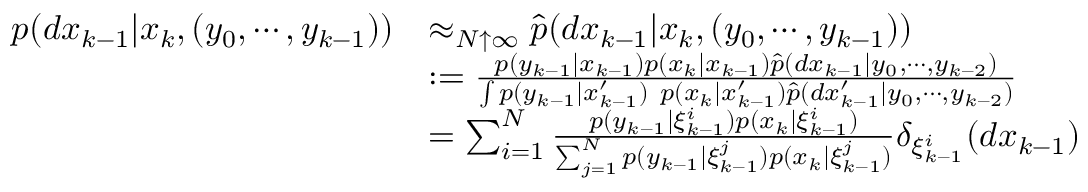
{ \begin{array} { r l } { p ( d x _ { k - 1 } | x _ { k } , ( y _ { 0 } , \cdots , y _ { k - 1 } ) ) } & { \approx _ { N \uparrow \infty } { \widehat { p } } ( d x _ { k - 1 } | x _ { k } , ( y _ { 0 } , \cdots , y _ { k - 1 } ) ) } \\ & { : = { \frac { p ( y _ { k - 1 } | x _ { k - 1 } ) p ( x _ { k } | x _ { k - 1 } ) { \widehat { p } } ( d x _ { k - 1 } | y _ { 0 } , \cdots , y _ { k - 2 } ) } { \int p ( y _ { k - 1 } | x _ { k - 1 } ^ { \prime } ) ~ p ( x _ { k } | x _ { k - 1 } ^ { \prime } ) { \widehat { p } } ( d x _ { k - 1 } ^ { \prime } | y _ { 0 } , \cdots , y _ { k - 2 } ) } } } \\ & { = \sum _ { i = 1 } ^ { N } { \frac { p ( y _ { k - 1 } | \xi _ { k - 1 } ^ { i } ) p ( x _ { k } | \xi _ { k - 1 } ^ { i } ) } { \sum _ { j = 1 } ^ { N } p ( y _ { k - 1 } | \xi _ { k - 1 } ^ { j } ) p ( x _ { k } | \xi _ { k - 1 } ^ { j } ) } } \delta _ { \xi _ { k - 1 } ^ { i } } ( d x _ { k - 1 } ) } \end{array} }